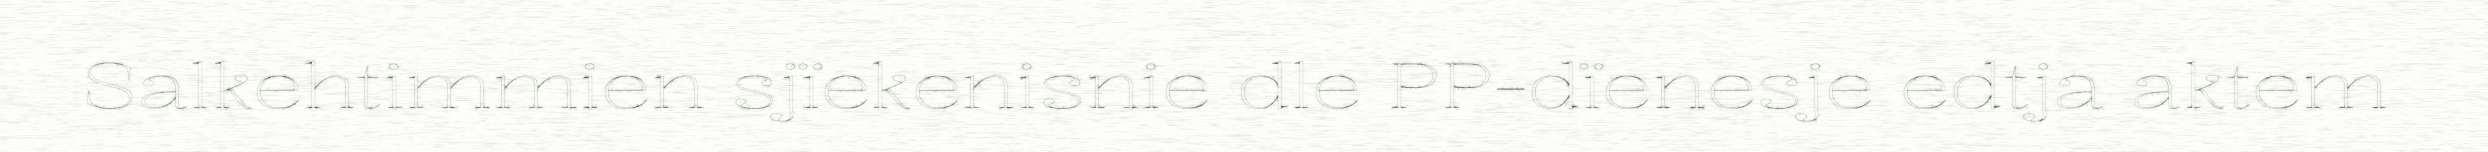
Salkehtimmien sjïekenisnie dle PP-dïenesje edtja aktem